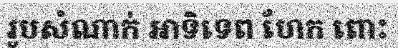
រូបសំណាក់ អាទិទេព ហែក ពោះ